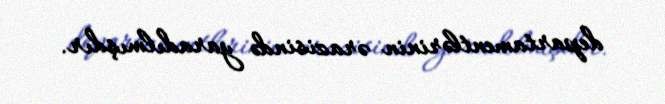
departamentlərinin ərazisində yaradılmışdır.